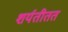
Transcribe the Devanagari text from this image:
शर्यतीतत